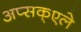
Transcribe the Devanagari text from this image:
अप्सक्एले